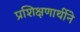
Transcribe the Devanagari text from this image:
प्रशिक्षणार्थीने